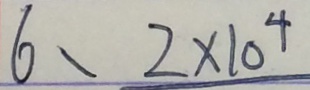
6 、 2 \times 1 0 ^ { 4 }